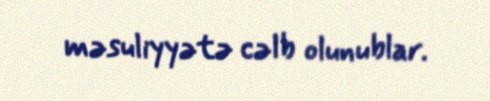
məsuliyyətə cəlb olunublar.